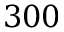
3 0 0